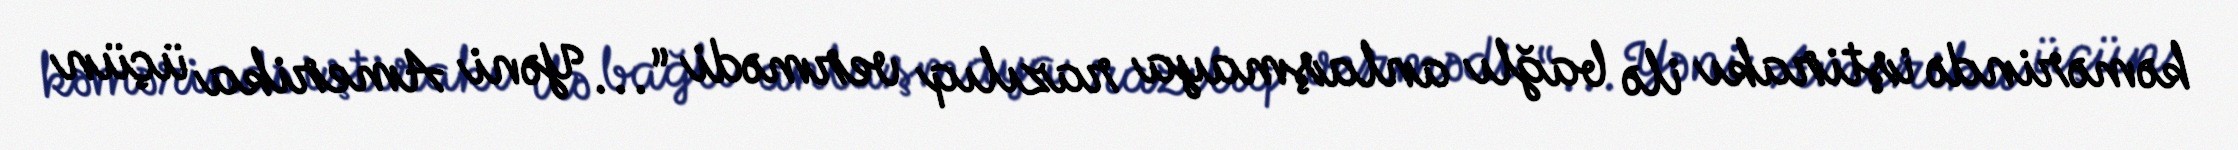
kəmərində iştirakı ilə bağlı anlaşmaya razılıq vermədi “... Yəni Amerika üçün